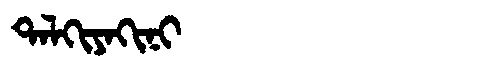
Manchu: ᡨᠠᠯᡴᡳᠶᠠᡴᡳᠨᡳ
Romanization: TALKIYAKINI